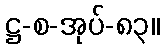
ဋ္ဌ-စ-အုပ်-၈၃။